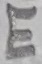
Text: E